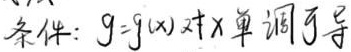
条件：\(g = g(x)\) 对 \(x\) 单调可导